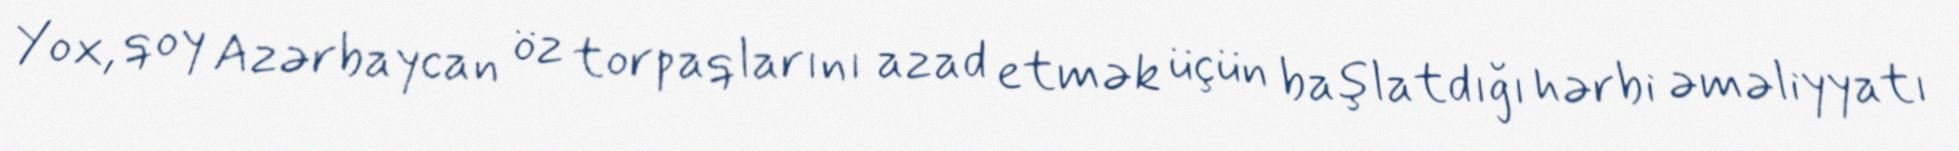
Yox, qoy Azərbaycan öz torpaqlarını azad etmək üçün başlatdığı hərbi əməliyyatı